Document type: Grant of rights
Year: 1326
Scribe: Bernat de Vilarúbia
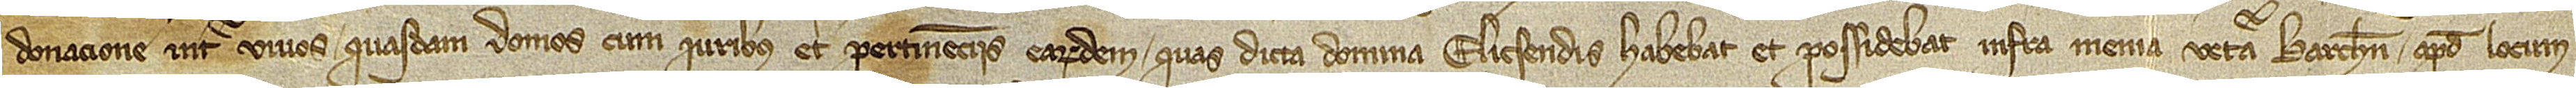
donacione inter vivos quasdam domos cum iuribus et pertinenciis earumdem quas dicta domina Elicsendis habebat et possidebat infra menia vetera Barchinone, apud locum